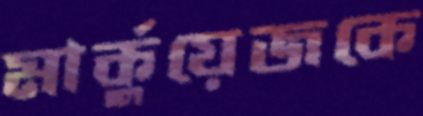
মার্কুয়েজকে